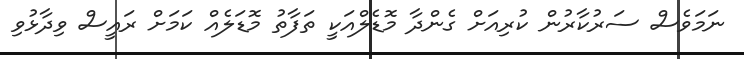
ނަމަވެސް ސަރުކާރުން ކުރިއަށް ގެންދާ މޮޑެލްއަކީ ތަފާތު މޮޑަލެއް ކަމަށް ރައީސް ވިދާޅުވި